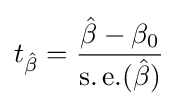
t_{\hat {\beta }}={\frac {{\hat {\beta }}-\beta _{0}}{\operatorname {s.e.} ({\hat {\beta }})}}